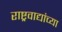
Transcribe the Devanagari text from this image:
राष्ट्रवाद्यांच्या